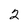
Character: 2